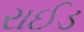
રાઈડ